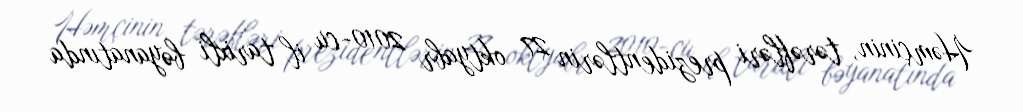
Həmçinin, tərəfləri prezidentlərin 27 oktyabr 2010-cu il tarixli bəyanatında